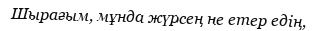
Шырағым, мұнда жүрсең не етер едің,